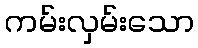
ကမ်းလှမ်းသော